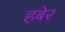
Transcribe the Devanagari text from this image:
हबेर